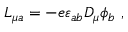
L _ { \mu a } = - e \varepsilon _ { a b } D _ { \mu } \phi _ { b } \ ,